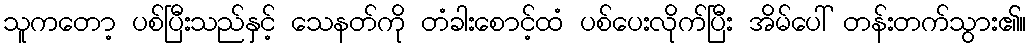
သူကတော့ ပစ်ပြီးသည်နှင့် သေနတ်ကို တံခါးစောင့်ထံ ပစ်ပေးလိုက်ပြီး အိမ်ပေါ် တန်းတက်သွား၏။